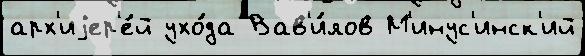
арх'иjер'е́й ухо́да Вав'и́лов М'инус'инск'ий